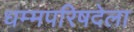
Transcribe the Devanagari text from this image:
धम्मपरिषदेला